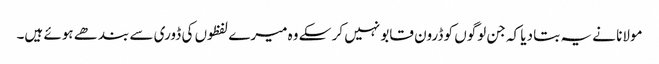
مولانا نے یہ بتا دیا کہ جن لوگوں کو ڈرون قابو نہیں کر سکے وہ میرے لفظوں کی ڈوری سے بندھے ہوئے ہیں۔